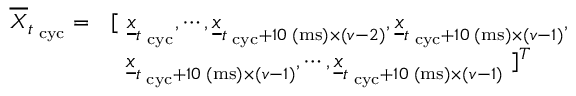
\begin{array} { r l } { \overline { { \boldsymbol X } } _ { t _ { \mathrm { \tiny ~ c y c } } } = } & { [ ~ \underline { { \boldsymbol x } } _ { t _ { \mathrm { \tiny ~ c y c } } } , \cdots , \underline { { \boldsymbol x } } _ { t _ { \mathrm { \tiny ~ c y c } } + 1 0 \mathrm { \tiny ~ ( m s ) } \times ( \boldsymbol v - 2 ) } , \underline { { \boldsymbol x } } _ { t _ { \mathrm { \tiny ~ c y c } } + 1 0 \mathrm { \tiny ~ ( m s ) } \times ( \boldsymbol v - 1 ) } , } \\ & { ~ ~ \underline { { \boldsymbol x } } _ { t _ { \mathrm { \tiny ~ c y c } } + 1 0 \mathrm { \tiny ~ ( m s ) } \times ( \boldsymbol v - 1 ) } , \cdots , \underline { { \boldsymbol x } } _ { t _ { \mathrm { \tiny ~ c y c } } + 1 0 \mathrm { \tiny ~ ( m s ) } \times ( \boldsymbol v - 1 ) } ~ ] ^ { T } } \end{array}